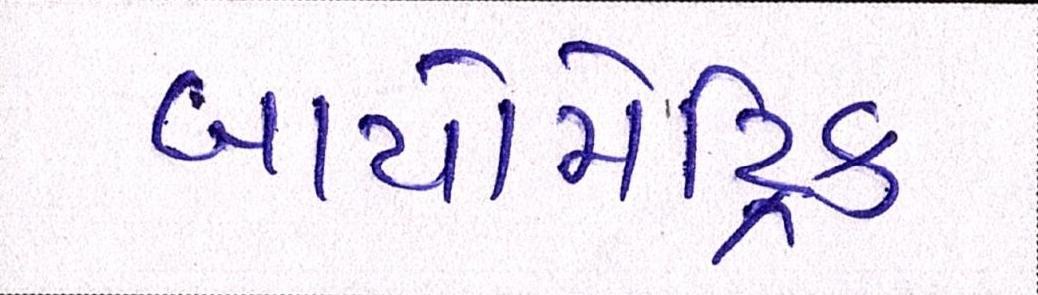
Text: બાયોમેટ્રિક